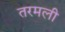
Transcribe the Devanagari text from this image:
तरमली